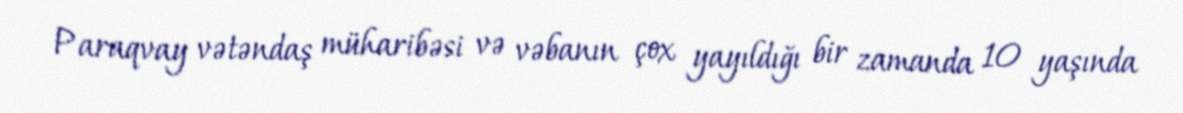
Paraqvay vətəndaş müharibəsi və vəbanın çox yayıldığı bir zamanda 10 yaşında